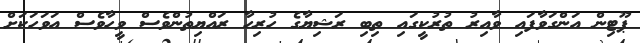
ޕޫޓިން އަންގަވާފައި ވާއިރު ތުރުކީގައި ތިބި ރަޝިޔާގެ ހުރިހާ ރައްޔިތުންވެސް ވީހާވެސް އަވަހަކަށް